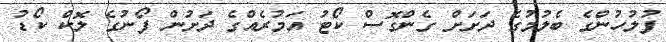
ފުލުހުންގެ ބެލުމުގެ ދަށަަށް ގެންގޮސް ކޯޓު އަމުރެއްގެ ދަށުން ފޯނުގެ ލޮކް ކޯޑު